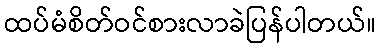
ထပ်မံစိတ်ဝင်စားလာခဲပြန်ပါတယ်။